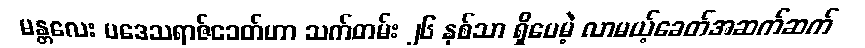
မန္တလေး ပဒေသရာဇ်ခေတ်ဟာ သက်တမ်း ၂၆ နှစ်သာ ရှိပေမဲ့ လာမယ့်ခေတ်အဆက်ဆက်